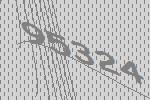
95324